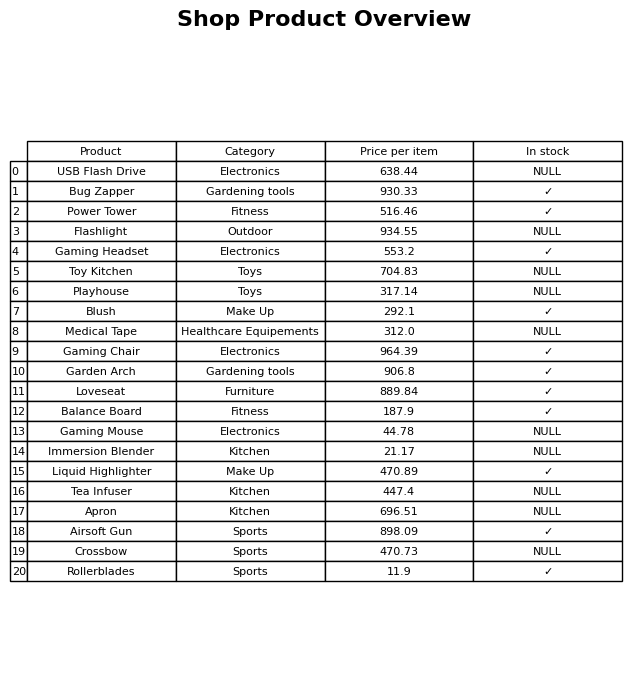
question: What is the stock status of the Tea Infuser?
answer: NULL